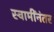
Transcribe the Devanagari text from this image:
स्वामींनंतर